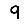
Digit: 9